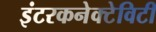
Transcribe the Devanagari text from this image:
इंटरकनेक्टेविटी